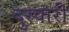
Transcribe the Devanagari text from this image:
दुस्वारी